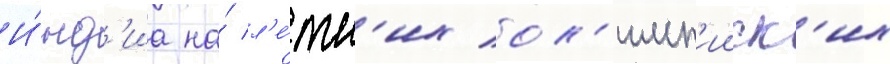
И́нд'иа на́ л'е́тн'их ол'имп'ииск'их